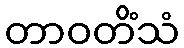
တာဝတိံသံ